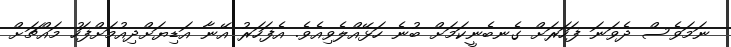
ނަމަވެސް ދެވަނަ ފަހަރަށް ގެނބެނީކަމަށް ބުނެ ހަޅޭއްލެވިއެވެ. އެފަހަރު އޭނާ އަޑިޔަށްދިއުމަށްފަހު މައްޗަށް